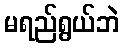
မရည်ရွယ်ဘဲ